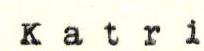
Katri